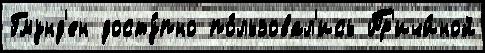
Гмунд'ен досту́пно по́льзовал'ись Пр'ичи́ной